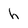
Character: h